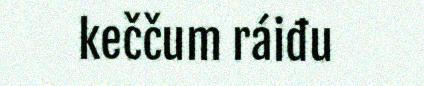
keččum ráiđu